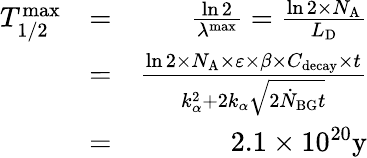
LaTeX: \begin{array}{rlr}{T_{1/2}^{\mathrm{max}}}&{=}&{\frac{\ln 2}{\lambda^{\mathrm{max}}}=\frac{\ln 2\times N_{\mathrm{A}}}{L_{\mathrm{D}}}}\\ &{=}&{\frac{\ln 2\times N_{\mathrm{A}}\times\varepsilon\times\beta\times C_{\mathrm{decay}}\times t}{k_{\alpha}^{2}+2k_{\alpha}\sqrt{2\dot{N}_{\mathrm{BG}}t}}}\\ &{=}&{2.1\times 10^{20}\textrm{y}}\end{array}